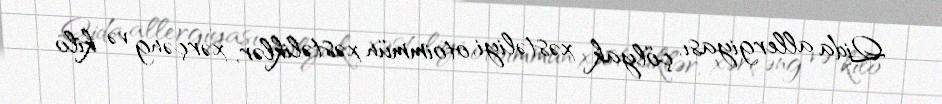
Qida allergiyası, çölyak xəstəliyi, otoimmün xəstəliklər, xərçəng və kilo